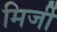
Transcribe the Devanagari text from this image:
मिर्जी